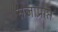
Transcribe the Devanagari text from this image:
सजाप्राप्त